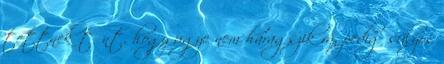
tettnek tűnt, hogy ugye nem haragszik rá, pedig súlyos